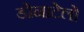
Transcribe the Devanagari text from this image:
डोनाटेलो